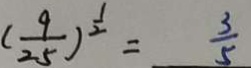
( \frac { 9 } { 2 5 } ) ^ { \frac { 1 } { 2 } } = \frac { 3 } { 5 }